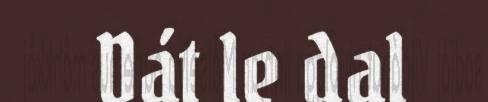
Dát le dal